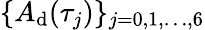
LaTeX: \{ A_{\mathrm{d}}(\tau_{j})\} _{j=0,1,\dots,6}